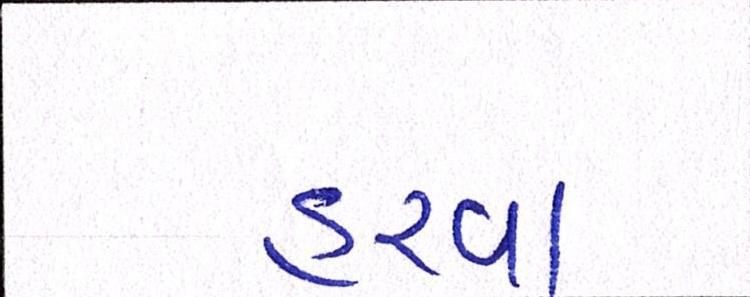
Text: હરવા